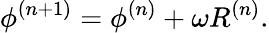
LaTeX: \phi^{(n+1)}=\phi^{(n)}+\omega R^{(n)}.